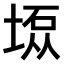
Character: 𫮇